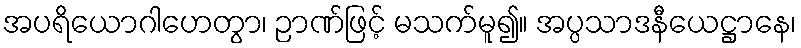
အပရိယောဂါဟေတွာ၊ ဉာဏ်ဖြင့် မသက်မူ၍။ အပ္ပသာဒနီယေဋ္ဌာနေ၊